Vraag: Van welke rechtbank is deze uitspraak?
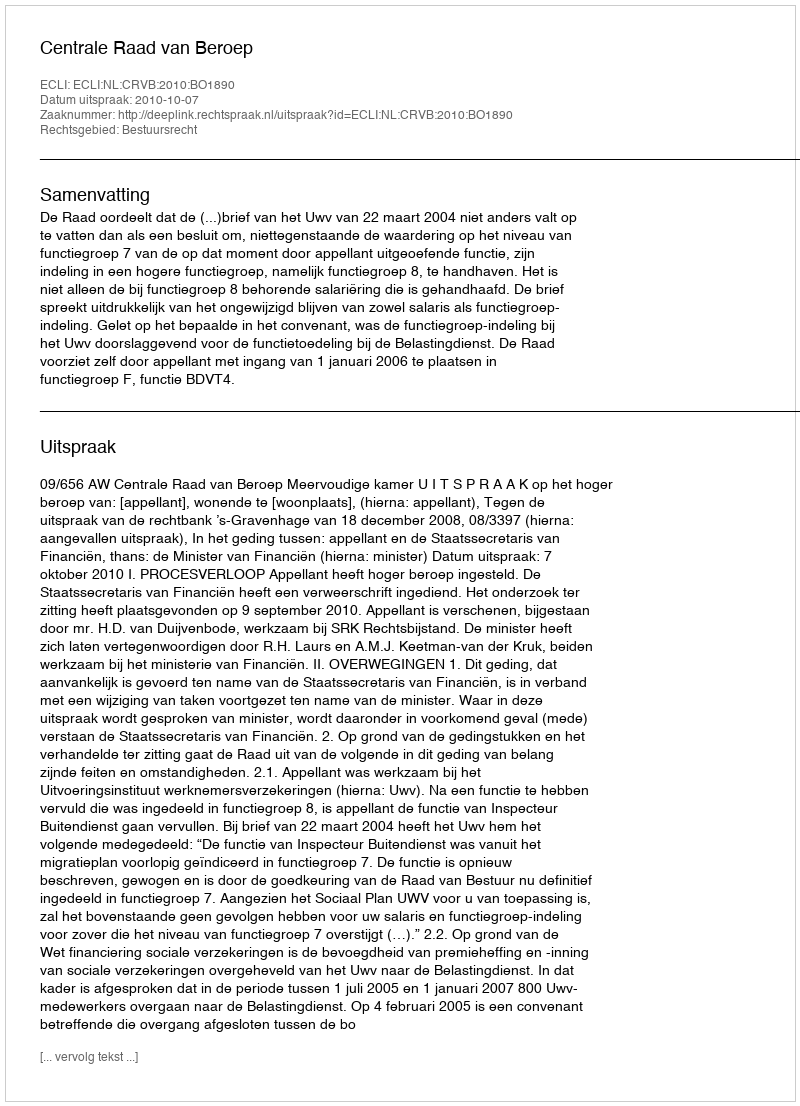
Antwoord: Centrale Raad van Beroep